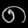
Digit: ၈